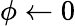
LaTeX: \phi\leftarrow 0